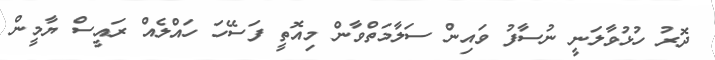
ދޮރު ހުޅުވާލަނީ ނުސާފު ވައިން ސަލާމަތްވާން މިއޮތީ ފަސޭހަ ހައްލެއް ރައީސް ޔާމީން